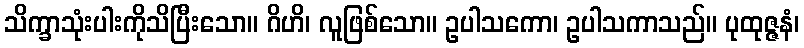
သိက္ခာသုံးပါးကိုသိပြီးသော။ ဂိဟိ၊ လူဖြစ်သော။ ဥပါသကော၊ ဥပါသကာသည်။ ပုထုဇ္ဇနံ၊